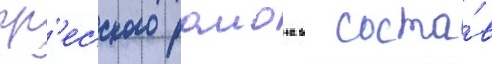
гр'есского раиона в соста́в